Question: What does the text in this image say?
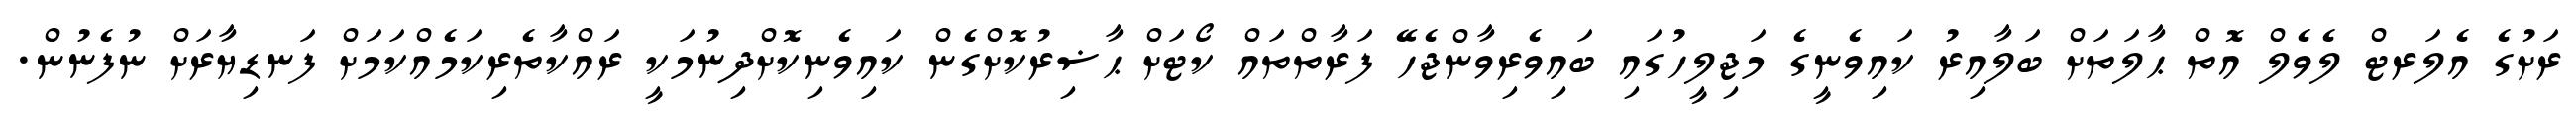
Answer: ރަށުގެ އެލަރޓް ލެވެލް އޮތް ޙާލަތަށް ބަލާއިރު ކައިވެނީގެ މަޖިލީހުގައި ބައިވެރިވާންޖެހޭ ފަރާތްތައް ކޯޓަށް ޙާޟިރުކޮށްގެން ކައިވެނިކޮށްދިނުމަކީ ރައްކާތެރިކަމެއްކަމަށް ފަނޑިޔާރަށް ނުފެނުން.